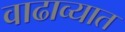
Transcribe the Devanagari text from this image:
वाढाव्यात